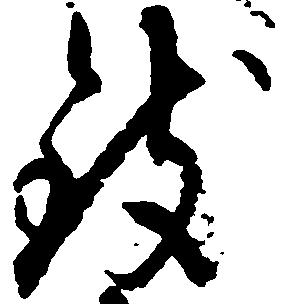
致